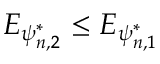
E _ { \psi _ { n , 2 } ^ { * } } \leq E _ { \psi _ { n , 1 } ^ { * } }